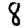
Digit: 8